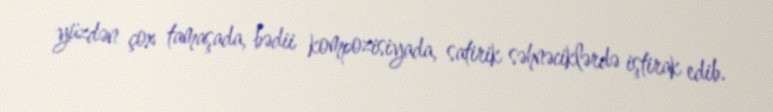
yüzdən çox tamaşada, bədii kompozisiyada, satirik səhnəciklərdə iştirak edib.